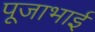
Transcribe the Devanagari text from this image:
पूजाभाई